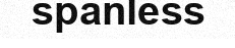
spanless